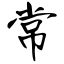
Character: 常